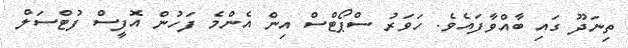
ތިނަދޫ ގައި ބާއްވާފައެވެ. ހަވަރު ސްޕޯޓްސް އިން އެންމެ ފަހުން އޮފީސް ފުޓްސަލް